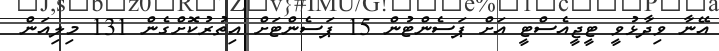
އޭނާ ވިދާޅުވީ ޓީޖީއެސްޓީ އަށް ޕަސެންޓުން 15 ޕަސެންޓަށް އިތުރުކޮށްގެން 131 މިލިއަން